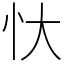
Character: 忕